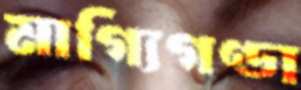
মাগ্যিগণ্ডা